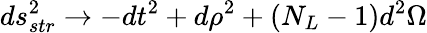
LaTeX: ds_{str}^{2}\rightarrow-dt^{2}+d\rho^{2}+(N_{L}-1)d^{2}\Omega